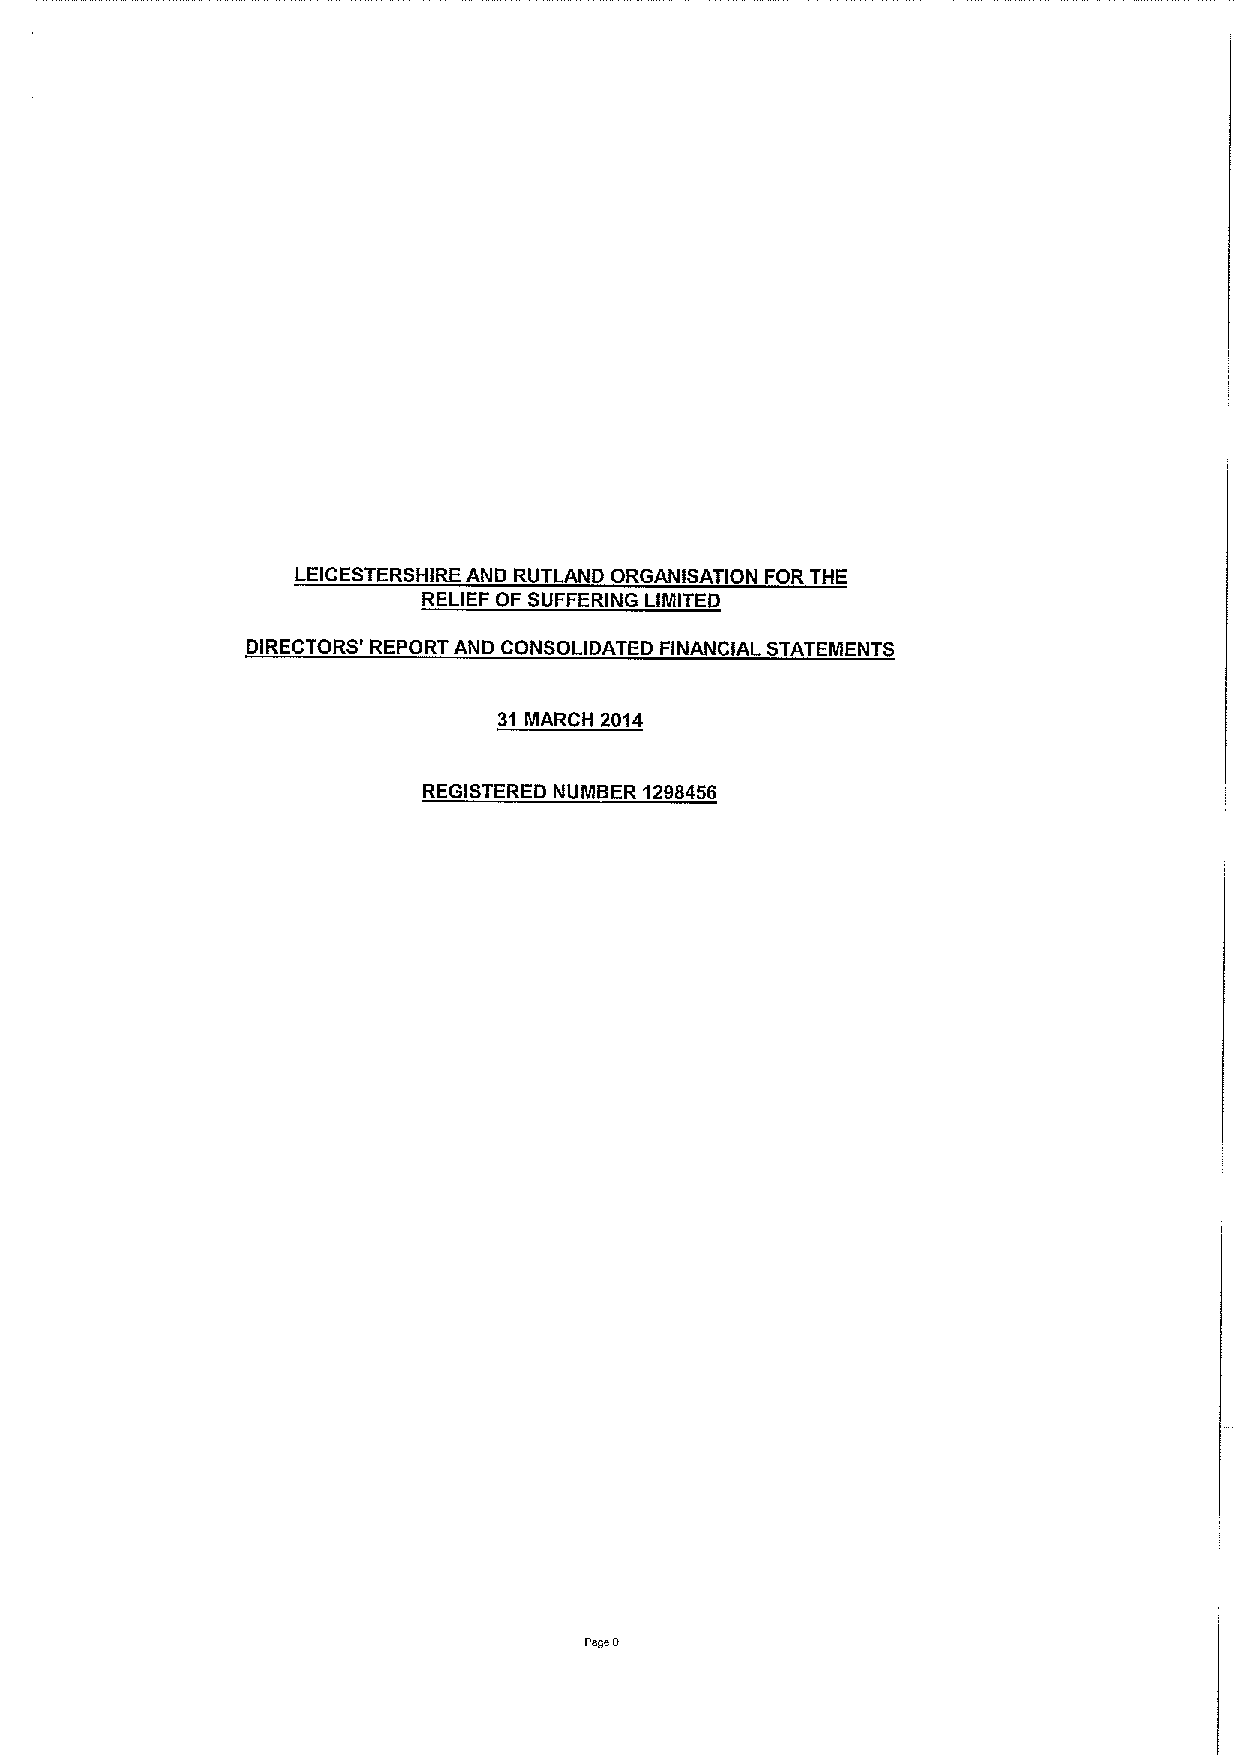
LEICESTERSHIRE AND RUTLAND ORGANISATION FOR THE
 RELIEF OF SUFFERING LIMITED
 DIRECTORS' REPORT AND CONSOLIDATED FINANCIAL STATEMENTS
 31 MARCH 2014
 REGISTERED NUMBER 1298456
 Page 0